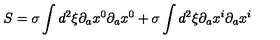
S = \sigma \int d ^ { 2 } \xi \partial _ { a } x ^ { 0 } \partial _ { a } x ^ { 0 } + \sigma \int d ^ { 2 } \xi \partial _ { a } x ^ { i } \partial _ { a } x ^ { i }